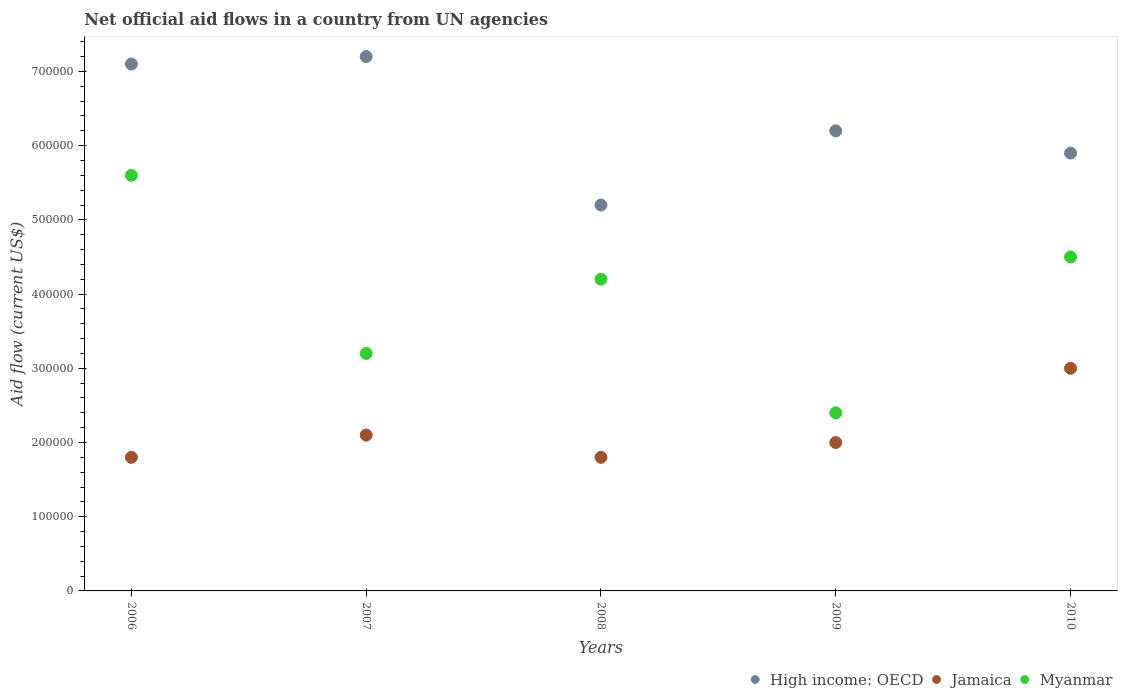
| Years | High income: OECD | Jamaica | Myanmar |
 | --- | --- | --- | --- |
 | 2006 | 7.1e+05 | 1.8e+05 | 5.6e+05 |
 | 2007 | 7.2e+05 | 2.1e+05 | 3.2e+05 |
 | 2008 | 5.2e+05 | 1.8e+05 | 4.2e+05 |
 | 2009 | 6.2e+05 | 2e+05 | 2.4e+05 |
 | 2010 | 5.9e+05 | 3e+05 | 4.5e+05 |